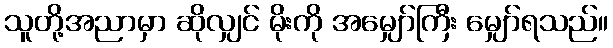
သူတို့အညာမှာ ဆိုလျှင် မိုးကို အမျှော်ကြီး မျှော်ရသည်။